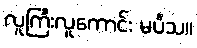
လူကြီးလူကောင်း မပီသ။